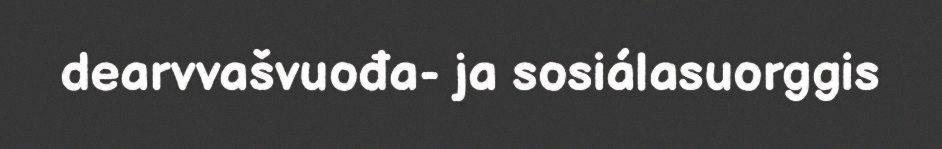
dearvvašvuođa- ja sosiálasuorggis